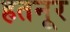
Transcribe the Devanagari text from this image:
हतनूर